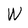
Character: W